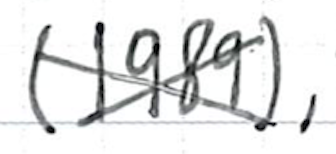
Text: (1989),
Cross-out: cross
Writing tool: ballpoint